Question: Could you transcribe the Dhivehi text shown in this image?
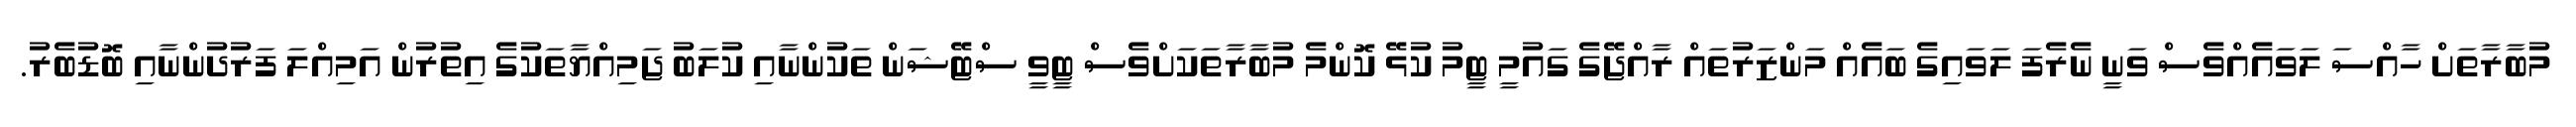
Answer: މުބާރާތަށް ހާއްސަ ލަވައެއްވެސް ވަނީ ނެރެފަ ލަވައިގެ ބައެއް މަންޒަރުތައް ރާއްޖޭގެ ގައުމީ ޓީމު ކުޅޭ ކޮންމެ މުބާރާތަކަށްވެސް ޓީވީ ސްޓޭޝަން ތަކުންނާއި ކުލަބު ޖަމިއްޔާތަކުގެ އިތުރުން އަމިއްލަ ފަރުދުންނާއި ބޮޑުބެރު.